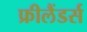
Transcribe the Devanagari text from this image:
फ्रीलैंडर्स